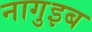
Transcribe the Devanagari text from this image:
नागुइब